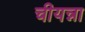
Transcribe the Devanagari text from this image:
चीयन्ना